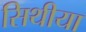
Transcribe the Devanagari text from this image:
सिथीया